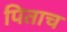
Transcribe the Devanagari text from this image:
पिताच